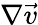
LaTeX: \nabla\vec{v}